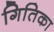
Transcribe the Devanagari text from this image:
गितिका